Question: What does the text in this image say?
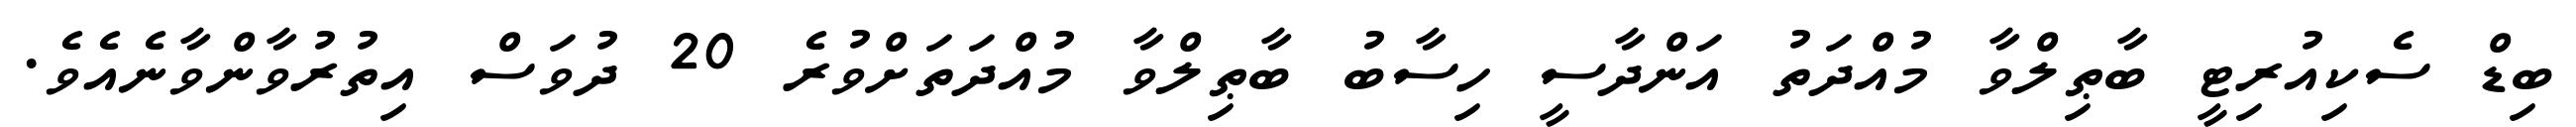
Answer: ބިޑް ސެކިއުރިޓީ ބާޠިލްވާ މުއްދަތު އަންދާސީ ހިސާބު ބާޠިލްވާ މުއްދަތަށްވުރެ 20 ދުވަސް އިތުރުވާންވާނެއެވެ.